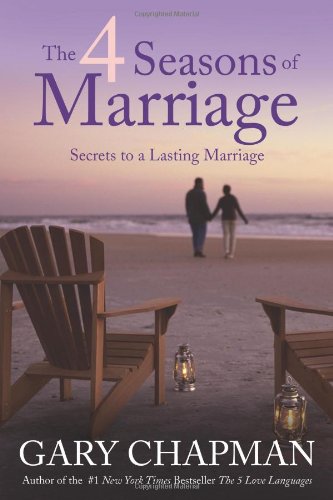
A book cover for The 4 Seasons of Marriage: Secrets to a Lasting Marriage; Gary Chapman; Christian Books & Bibles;